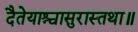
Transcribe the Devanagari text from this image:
दैतेयाश्चासुरास्तथा॥